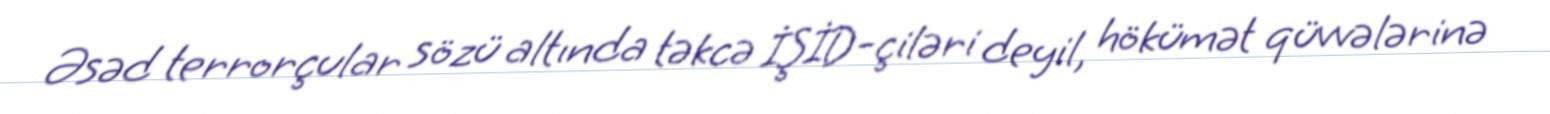
Əsəd terrorçular sözü altında təkcə İŞİD-çiləri deyil, hökümət qüvvələrinə